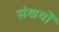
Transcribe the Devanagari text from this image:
संखयों